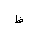
Letter: _za